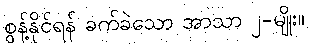
စွန့်နိုင်ရန် ခက်ခဲသော အာသာ ၂-မျိုး။